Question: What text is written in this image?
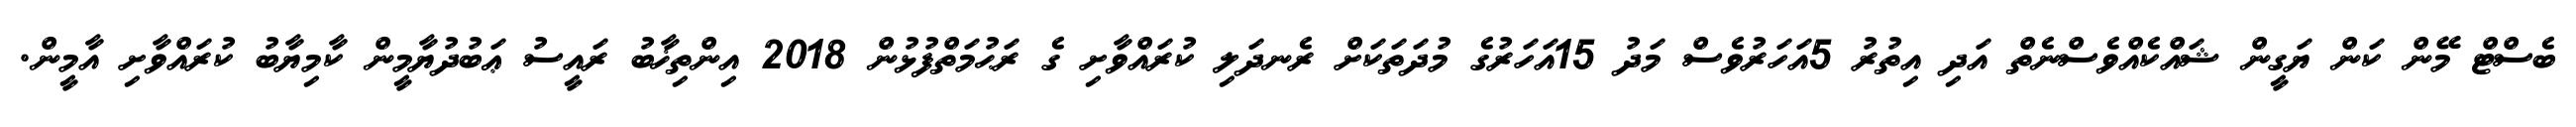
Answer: ބެސްޓް މޭން ކަން ޔަގީން ޝައްކެއްވެސްނެތް އަދި އިތުރު 5އަހަރުވެސް މަދު 15އަހަރުގެ މުދަތަކަށް ރެނދަލި ކުރައްވާށި ގެ ރަޙުމަތްފުޅުން 2018 އިންތިޚާބު ރައީސު ޢަބުދުޔާމީން ކާމިޔާބު ކުރައްވާށި އާމީން.